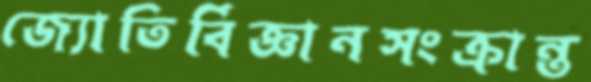
জ্যোতির্বিজ্ঞানসংক্রান্ত